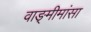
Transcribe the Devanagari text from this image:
वाङ्‍मीमांसा